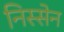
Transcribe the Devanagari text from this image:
निस्सेन